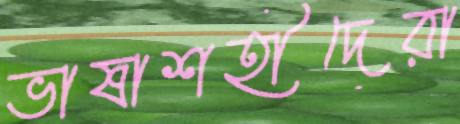
ভাষাশহীদেরা